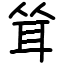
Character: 耸